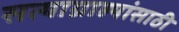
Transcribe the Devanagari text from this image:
सत्याग्राह्यांसाठी